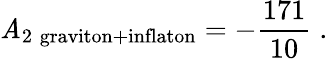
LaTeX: \mathit{A}_{2\; \mathrm{{graviton}}+\mathrm{{inflaton}}}=-{\frac{{171}}{{10}}}\; .